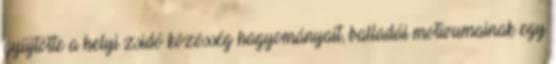
gyűjtötte a helyi zsidó közösség hagyományait, balladái motívumainak egy